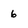
Character: 6